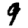
Digit: 9